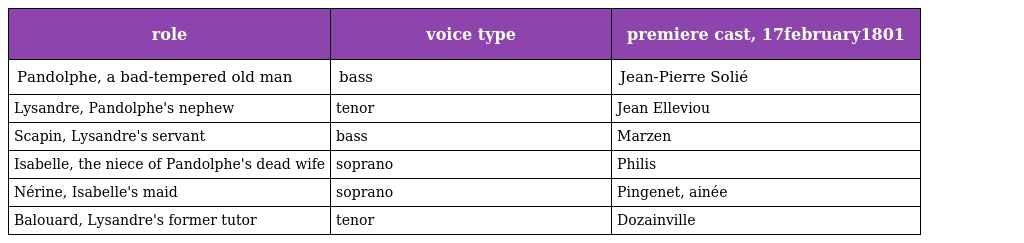
| role | voice type | premiere cast, 17february1801 |
 | --- | --- | --- |
 | Pandolphe, a bad-tempered old man | bass | Jean-Pierre Solié |
 | Lysandre, Pandolphe's nephew | tenor | Jean Elleviou |
 | Scapin, Lysandre's servant | bass | Marzen |
 | Isabelle, the niece of Pandolphe's dead wife | soprano | Philis |
 | Nérine, Isabelle's maid | soprano | Pingenet, ainée |
 | Balouard, Lysandre's former tutor | tenor | Dozainville |